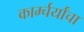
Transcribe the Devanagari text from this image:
कार्म्चर्यांचा